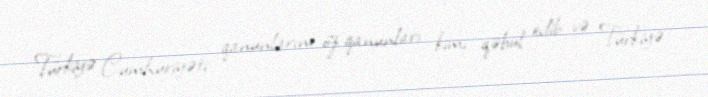
Türkiyə Cumhuriyəti qanunlarını öz qanunları kimi qəbul edib və Türkiyə